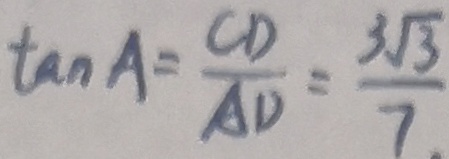
\tan A = \frac { C D } { A D } = \frac { 3 \sqrt { 3 } } { 7 }